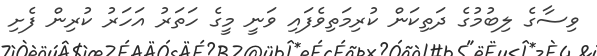
ވިސާގެ ލިބުމުގެ ދަތިކަން ކުރިމަތިވެފައި ވަނީ މީގެ ހަތަރު އަހަރު ކުރިން ފެށި